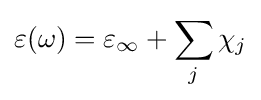
\varepsilon (\omega )=\varepsilon _{\infty }+\sum _{j}\chi _{j}